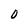
Character: 0